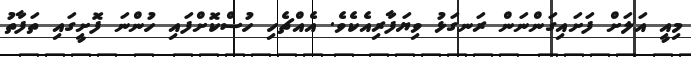
މިއީ އަލަށް ފަށައިގަންނަން ރަނގަޅު ވިޔަފާރިއެކެވެ. އެއްޗެހި ހުސްކޮށްފައި ހުންނަ ފޮށީގައި ތަފާތު